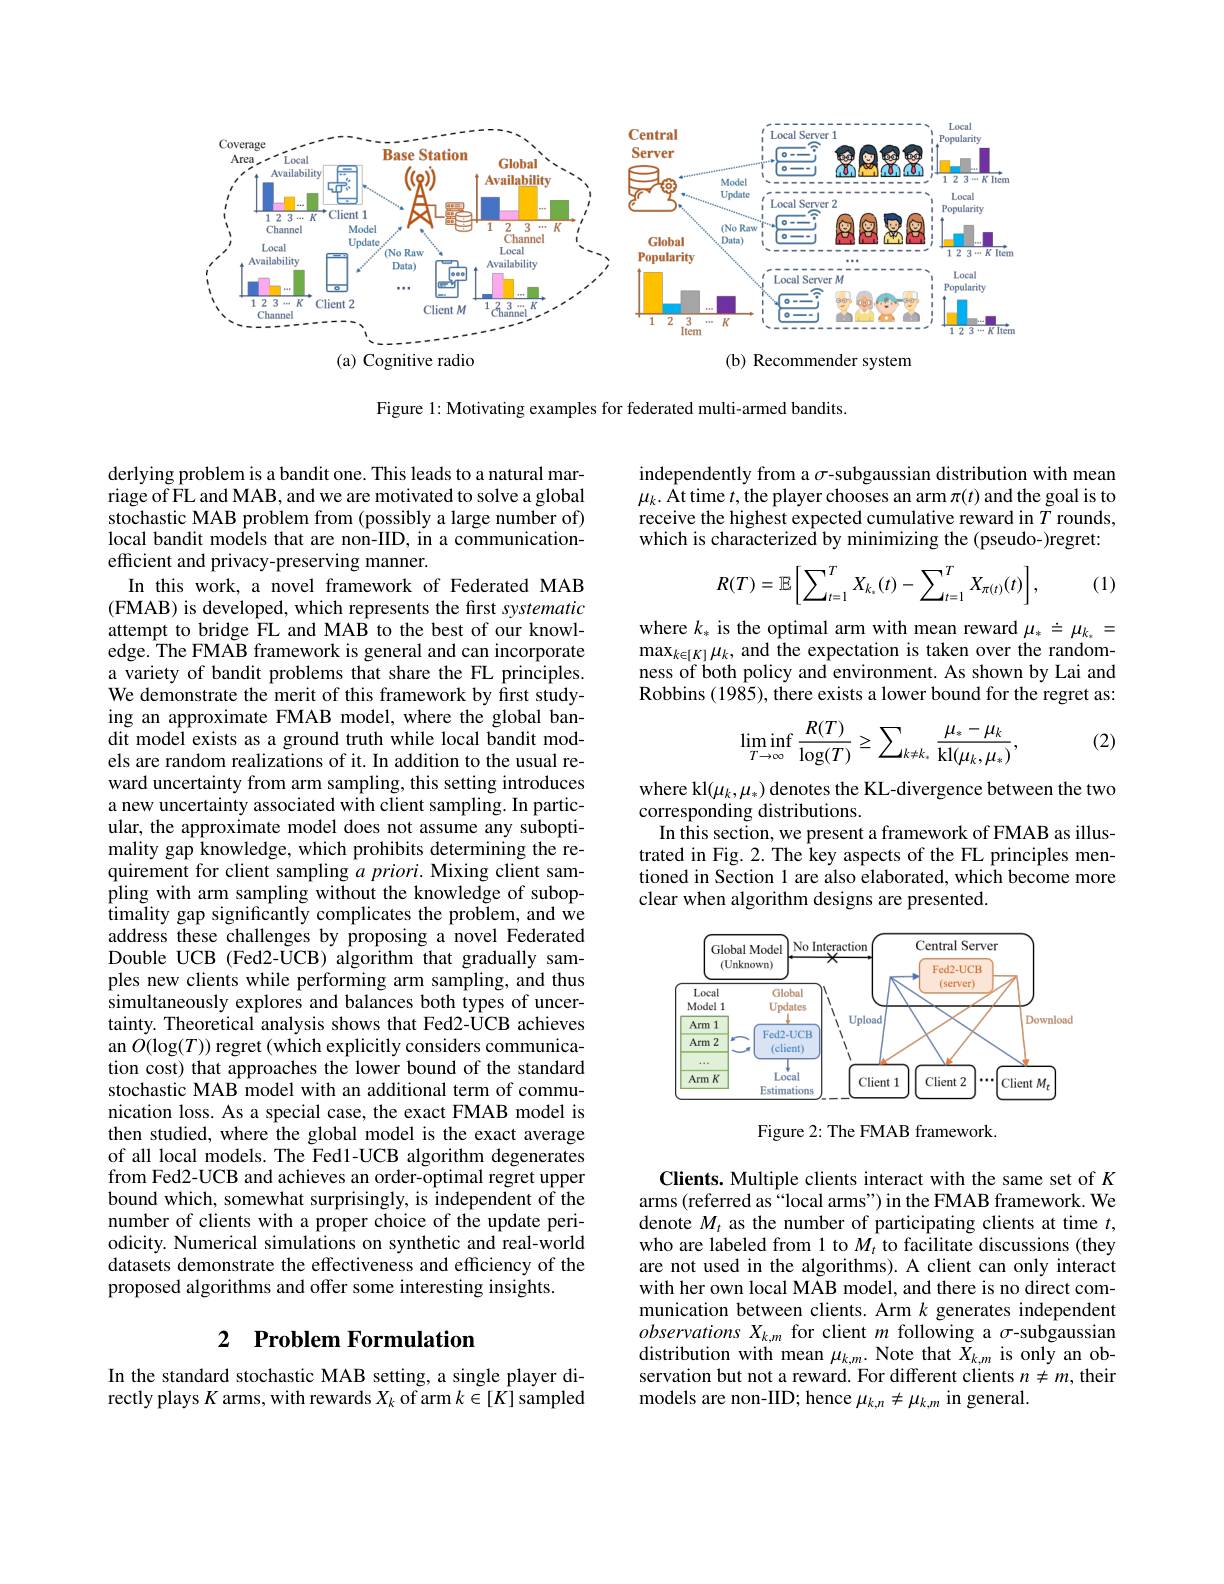
<FigureHere>

Figure 1: Motivating examples for federated multi-armed bandits.

derlying problem is a bandit one. This leads to a natural marriage of FL and MAB, and we are motivated to solve a global stochastic MAB problem from (possibly a large number of) local bandit models that are non-IID, in a communicationefficient and privacy-preserving manner.
In this work, a novel framework of Federated MAB (FMAB) is developed, which represents the first systematic attempt to bridge FL and MAB to the best of our knowledge. The FMAB framework is general and can incorporate a variety of bandit problems that share the FL principles. We demonstrate the merit of this framework by first studying an approximate FMAB model, where the global bandit model exists as a ground truth while local bandit models are random realizations of it. In addition to the usual reward uncertainty from arm sampling, this setting introduces a new uncertainty associated with client sampling. In particular, the approximate model does not assume any suboptimality gap knowledge, which prohibits determining the requirement for client sampling $a\textit{priori. Mixing client sam- }$ pling with arm sampling without the knowledge of suboptimality gap significantly complicates the problem, and we address these challenges by proposing a novel Federated Double UCB (Fed2-UCB) algorithm that gradually samples new clients while performing arm sampling, and thus simultaneously explores and balances both types of uncertainty. Theoretical analysis shows that Fed2-UCB achieves an $O(\log(T))$ regret (which explicitly considers communication cost) that approaches the lower bound of the standard stochastic MAB model with an additional term of communication loss. As a special case, the exact FMAB model is then studied, where the global model is the exact average of all local models. The Fed1-UCB algorithm degenerates from Fed2-UCB and achieves an order-optimal regret upper bound which, somewhat surprisingly, is independent of the number of clients with a proper choice of the update periodicity. Numerical simulations on synthetic and real-world datasets demonstrate the effectiveness and efficiency of the proposed algorithms and offer some interesting insights.

# 2 Problem Formulation

In the standard stochastic MAB setting, a single player directly plays $K$ arms, with rewards $X_k$ of arm $k\in[K]$ sampled

independently from a $\sigma$-subgaussian distribution with mean $\mu_k.$ At time $t$,the player chooses an arm $\pi(t)$ and the goal is to receive the highest expected cumulative reward in $T$ rounds, which is characterized by minimizing the (pseudo-)regret:
$$R(T)=\mathbb{E}\left[\sum_{t=1}^TX_{k_*}(t)-\sum_{t=1}^TX_{\pi(t)}(t)\right],$$
(1)

where $k_*$ is the optimal arm with mean reward $\mu_*\doteq\mu_{k_*}=$ $\max_{k\in[K]}\mu_{k}$, and the expectation is taken over the randomness of both policy and environment. As shown by Lai and Robbins $(19\hat{85})$,there exists a lower bound for the regret as:

(2)
$$\lim\inf_{T\to\infty}\frac{R(T)}{\log(T)}\geq\sum_{k\neq k_*}\frac{\mu_*-\mu_k}{\mathrm{kl}(\mu_k,\mu_*)},$$
where kl$(\mu_k,\mu_*)$ denotes the KL-divergence between the two
corresponding distributions.
In this section, we present a framework of FMAB as illustrated in Fig. 2. The key aspects of the FL principles mentioned in Section 1 are also elaborated, which become more clear when algorithm designs are presented.

<FigureHere>

Figure 2: The FMAB framework

Clients. Multiple clients interact with the same set of $K$ arms (referred as“local arms”) in the FMAB framework. We denote $M_t$ as the number of participating clients at time $t$, who are labeled from 1 to $M_t$ to facilitate discussions (they are not used in the algorithms). A client can only interact with her own local MAB model, and there is no direct communication between clients. Arm $k$ generates independent observations $X_k,m$ for client $m$ following a $\sigma$-subgaussian distribution with mean $\mu_{k,m}.$ Note that $\check{X}_{k,m}$ is only an observation but not a reward. For different clients $n\neq m$, their models are non-IID; hence $\mu_k,n\neq\mu_{k,m}$ in general